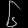
Digit: ၆